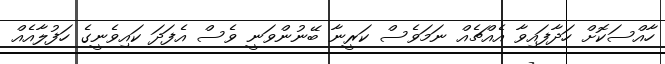
ހާއްސަކޮށް ހަދާފައިވާ އެއްޗެއް ނަމަވެސް ކަރީނާ ބޭނުންވަނީ ވެސް އެފަދަ ކައިވެނީގެ ހަފުލާއެއް